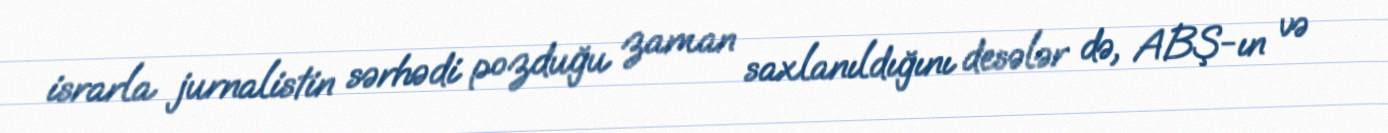
israrla jurnalistin sərhədi pozduğu zaman saxlanıldığını desələr də, ABŞ-ın və